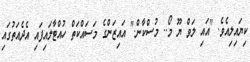
ކިޔައިލިއެވެ. "އައި ލަވް ޔޫ މޯ.. މުސްކާން." އައިޒަންގެ މަސައްކަތް ހުއްޓާލައިފައި އެދެއަތުގައި